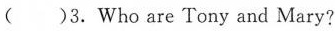
( )3.Who are Tony and Mary?